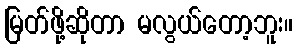
မြတ်ဖို့ဆိုတာ မလွယ်တော့ဘူး။